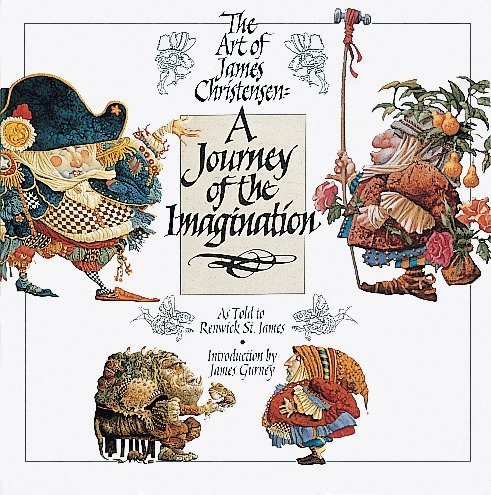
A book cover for A Journey of the Imagination: The Art of James Christensen; Renwick St. James; Arts & Photography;